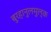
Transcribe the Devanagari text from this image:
बुरहानुलमुल्क